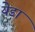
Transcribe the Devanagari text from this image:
येड़ा